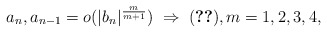
\begin{align*} a_n, a_{n-1} = o(|b_n|^\frac{m}{m+1}) \; \Rightarrow \; \eqref{eq-strong}, m=1,2,3,4, \end{align*}